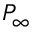
P _ { \infty }